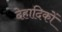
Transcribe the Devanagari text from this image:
देहादिकों